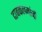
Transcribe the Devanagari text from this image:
दाबकलमांनी